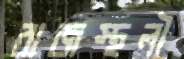
রাজস্থলী